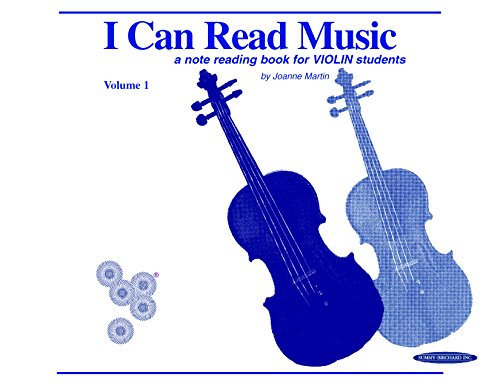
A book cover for I Can Read Music: A Note Reading Book for Violin Students (Volume 1); Joanne Martin; Humor & Entertainment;